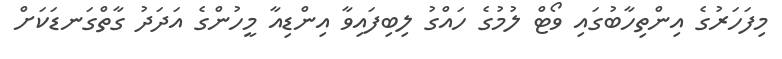
މިފަހަރުގެ އިންތިހާބުގައި ވޯޓް ލުމުގެ ހައްގު ލިބިފައިވާ އިންޑިއާ މީހުންގެ އަދަދު ގާތްގަނޑަކަށް